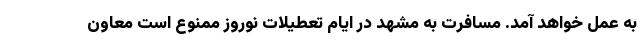
به عمل خواهد آمد. مسافرت به مشهد در ایام تعطیلات نوروز ممنوع است معاون